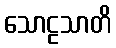
သောဠသာတိ